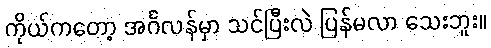
ကိုယ်ကတော့ အင်္ဂလန်မှာ သင်ပြီးလဲ ပြန်မလာ သေးဘူး။